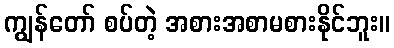
ကျွန်တော် စပ်တဲ့ အစားအစာမစားနိုင်ဘူး။